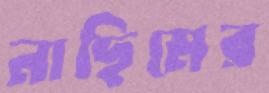
নাছিমের